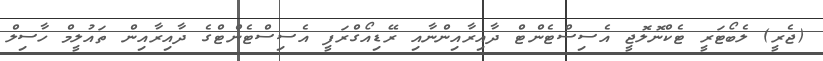
(ޖެރީ) ލެބޯޓަރީ ޓެކްނޮލޮޖީ އެސިސްޓެންޓް ދާއިރާއިންނާއި ރޭޑިއޯގްރަފީ އެސިސްޓެންޓްގެ ދާއިރާއިން ތައުލީމް ހާސިލް